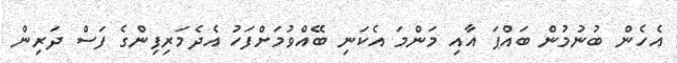
އެހެން ބުނުމުން ބައްޕަ އާއި މަންމަ އެކަނި ބޭއްވުމަށްފަހު އެދެމަރިފިންގެ ފަސް ދަރިން